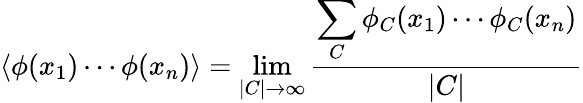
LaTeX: \left\langle\phi(x_{1})\cdots\phi(x_{n})\right\rangle=\operatorname*{lim}_{|C|\rightarrow\infty}{\frac{\displaystyle\sum_{C}\phi_{C}(x_{1})\cdots\phi_{C}(x_{n})}{|C|}}